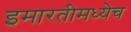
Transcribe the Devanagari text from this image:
इमारतीमध्येच